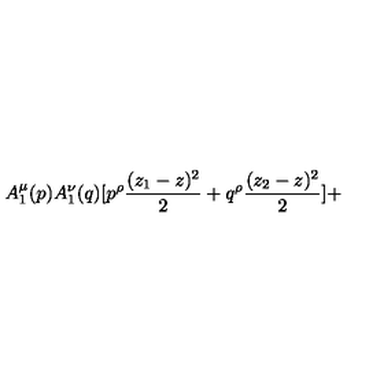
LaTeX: A _ { 1 } ^ { \mu } ( p ) A _ { 1 } ^ { \nu } ( q ) [ p ^ { \rho } { \frac { ( z _ { 1 } - z ) ^ { 2 } } { 2 } } + q ^ { \rho } { \frac { ( z _ { 2 } - z ) ^ { 2 } } { 2 } } ] +